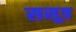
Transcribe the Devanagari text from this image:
ससूत्र